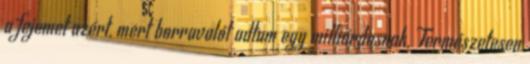
a fejemet azért, mert borravalót adtam egy milliárdosnak. Természetesen